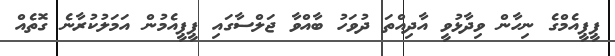
ޕީޕީއެމްގެ ނިހާން ވިދާޅުވީ އާދިއްތަ ދުވަހު ބާއްވާ ޖަލްސާގައި ޕީޕީއެމުން އަމަލުކުރާނެ ގޮތެއް